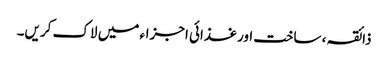
ذائقہ ، ساخت اور غذائی اجزاء میں لاک کریں۔